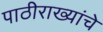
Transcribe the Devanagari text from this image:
पाठीराख्यांचे